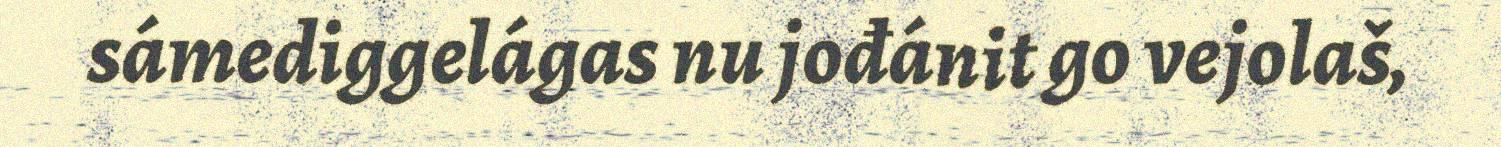
sámediggelágas nu jođánit go vejolaš,